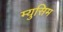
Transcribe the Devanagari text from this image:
म्युसिम